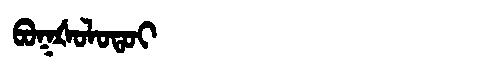
Manchu: ᠪᠣᡴᡧᠣᠯᠣᡨᠣᡳ
Romanization: BOKŠOLOTOI